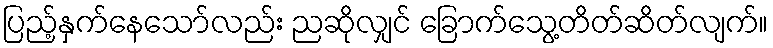
ပြည့်နှက်နေသော်လည်း ညဆိုလျှင် ခြောက်သွေ့တိတ်ဆိတ်လျက်။